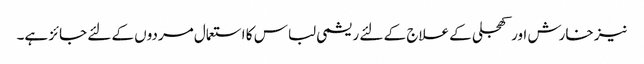
نیز خارش اور کھجلی کے علاج کے لئے ریشمی لباس کا استعمال مردوں کے لئے جائز ہے۔